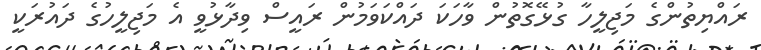
ރައްޔިތުންގެ މަޖިލީހާ ގުޅޭގޮތުން ވާހަކަ ދައްކަވަމުން ރައީސް ވިދާޅުވީ އެ މަޖިލީހުގެ ދައުރަކީ